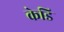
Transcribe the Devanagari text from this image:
केडि